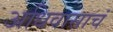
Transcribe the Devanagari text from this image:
अधिवासाचं